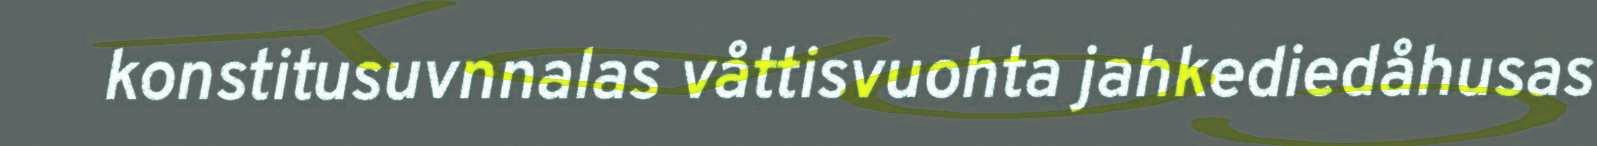
konstitusuvnnalas våttisvuohta jahkediedåhusas